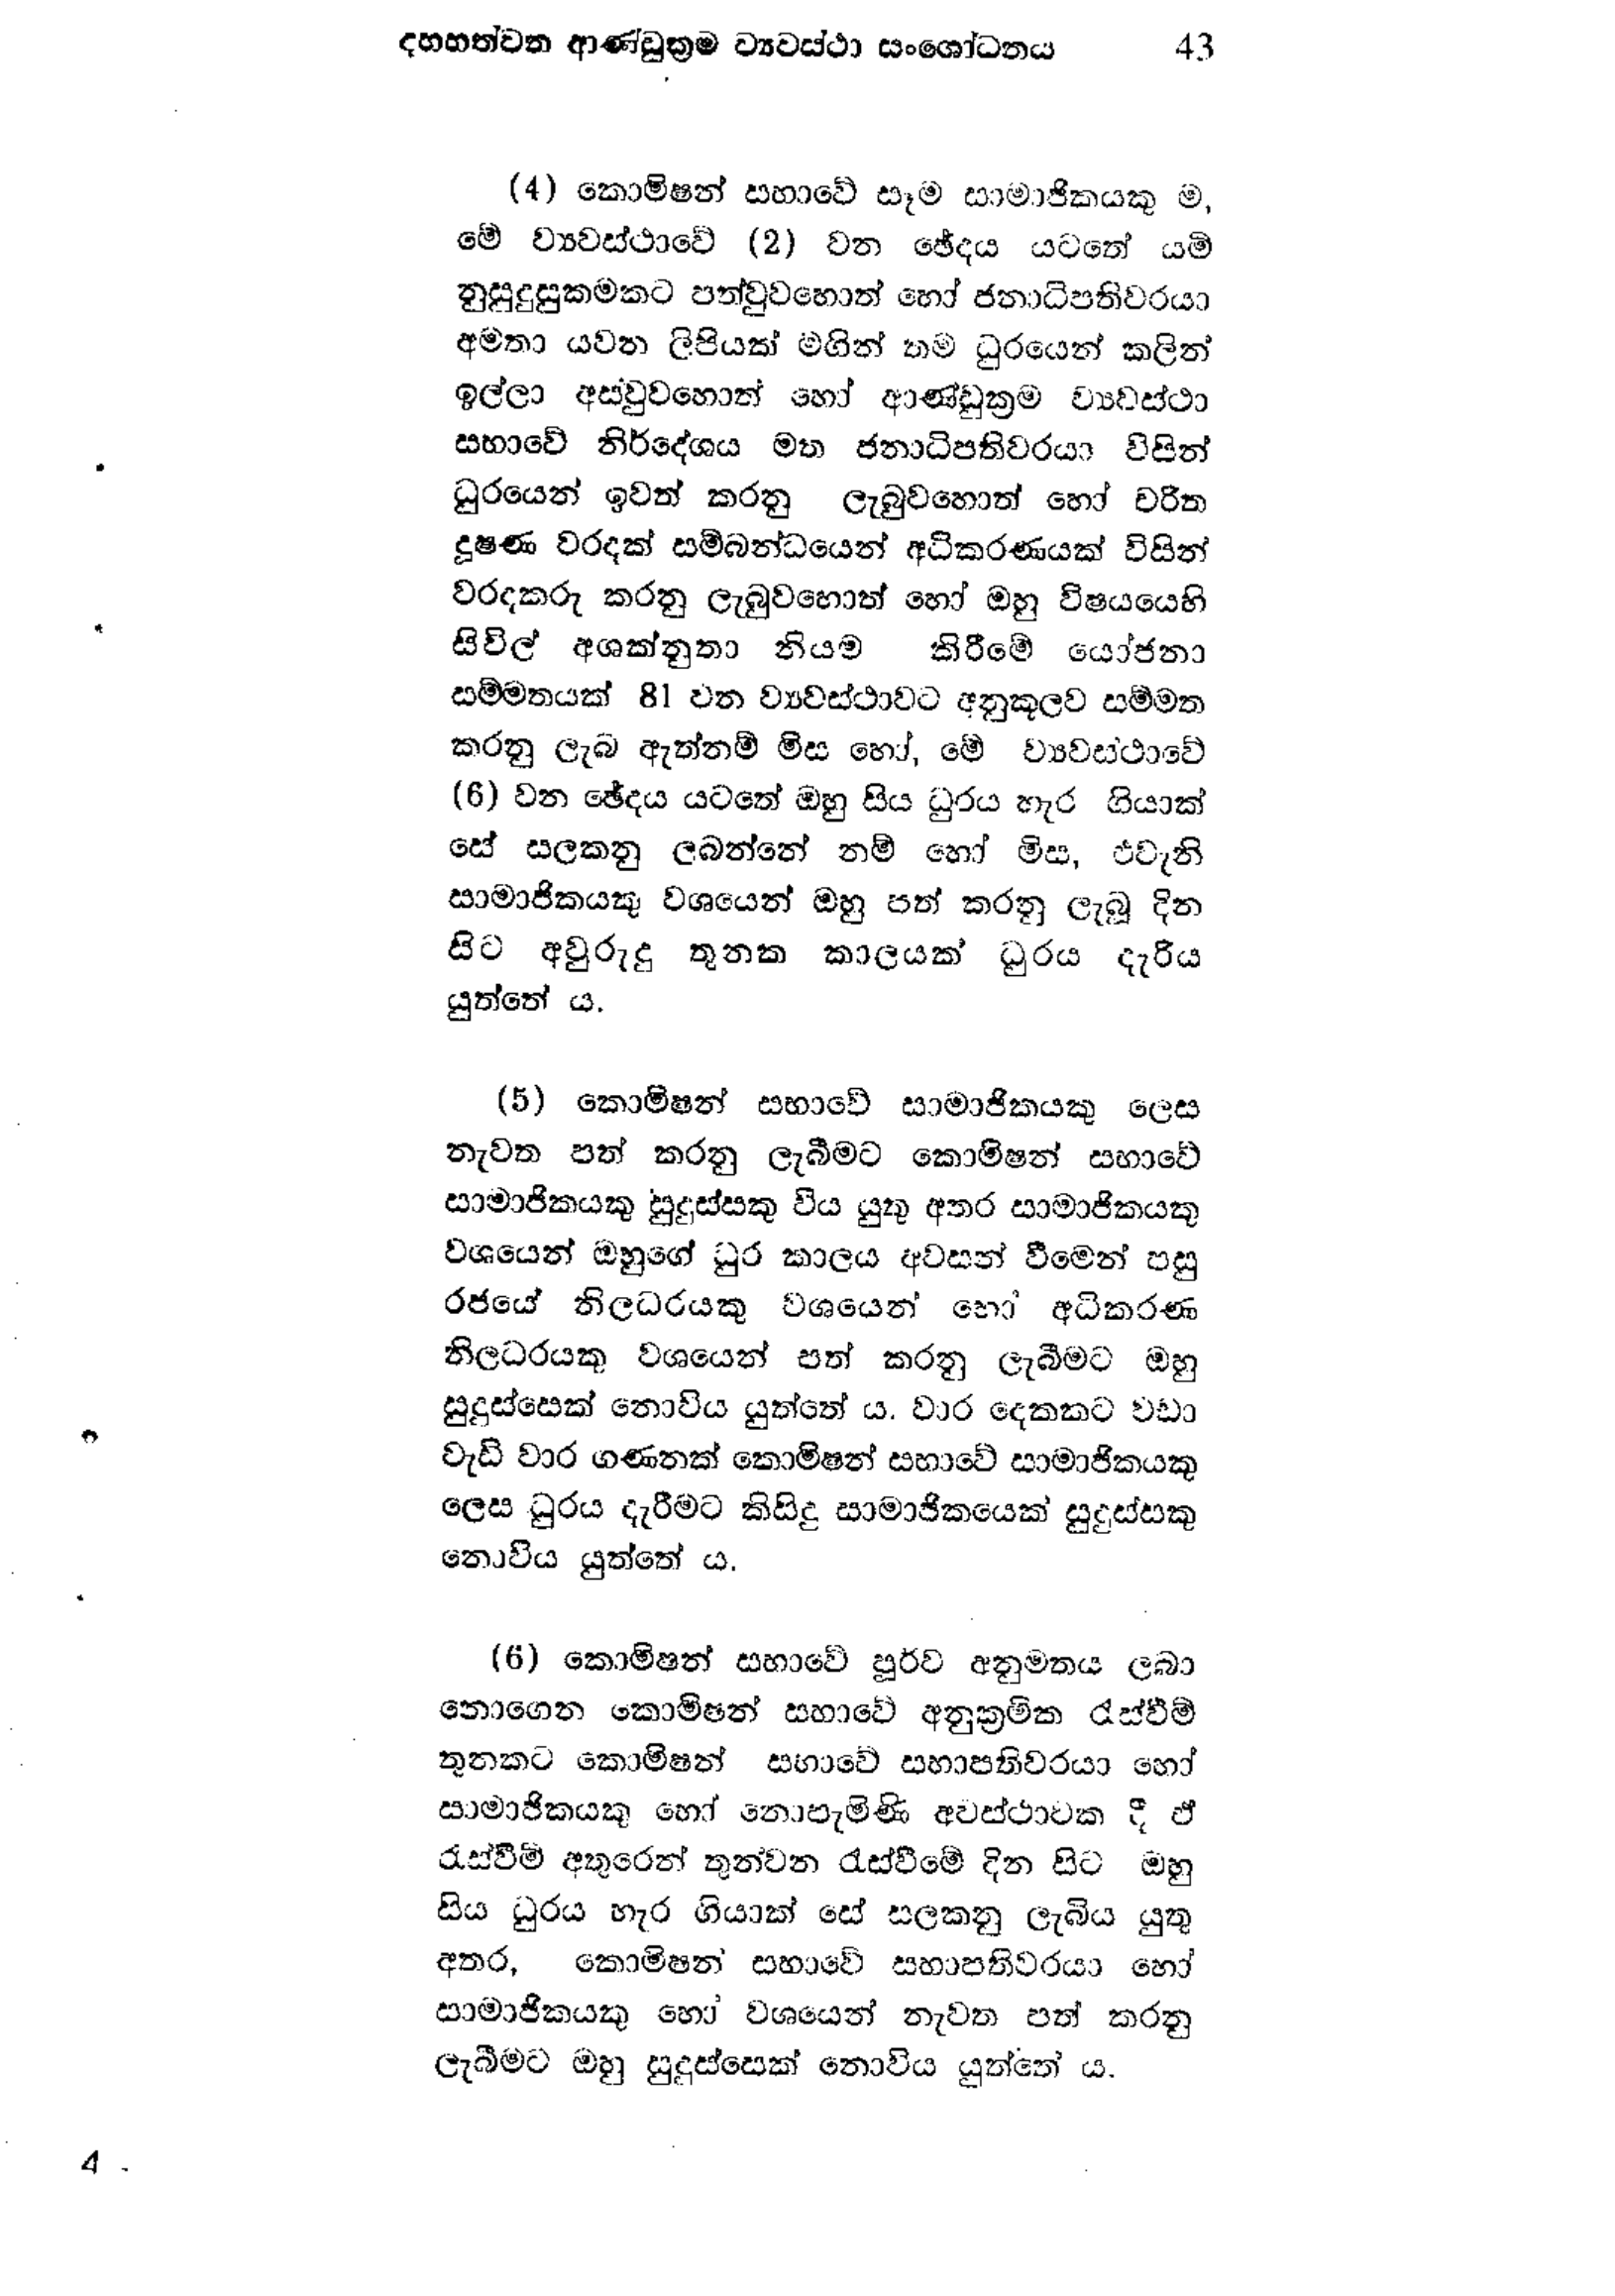
දහහත්වන ආණ්ඩුක්‍රම ව්‍යවස්ථා සංශෝධනය 43

(4) කොමිෂන් සභාවේ සෑම සාමාජිකයෙකු ම,
මේ ව්‍යවස්ථාවේ (2) වන ඡේදය යටතේ යම්
නුසුදුසුකමකට පත්වුවහොත් හෝ ජනාධිපතිවරයා
අමතා යවන ලිපියක් මගින් තම ධුරයෙන් කලින්
ඉල්ලා අසවුවහොත් හෝ ආණ්ඩුක්‍රම ව්‍යවස්ථා
සභාවේ නිර්දේශය මත ජනාධිපතිවරයා විසින්
ධුරයෙන් ඉවත් කරනු ලැබුවහොත් හෝ චරිත
දූෂණ වරදක් සම්බන්ධයෙන් අධිකරණයක් විසින්
වරදකරු කරනු ලැබුව හොත් හෝ ඔහු විෂයයෙහි
සිවිල් අශක්නුතා නියම කිරීමේ යෝජනා
සම්මතයක් 81 වන ව්‍යවස්ථාවට අනුකූලව සම්මත
කරනු ලැබ ඇත්නම් මිස හෝ, මේ ව්‍යවස්ථාවේ
(6) වන ඡේදය යටතේ ඔහු සිය ධුරය හැර ගියාක්
සේ සලකනු ලබන්නේ නම් හෝ මිස, එවැනි
සාමාජිකයෙකු වශයෙන් ඔහු පත් කරනු ලැබූ දින
සිට අවුරුදු තුනක කාලයක් ධුරය දැරිය
යුත්තේ ය.

(5) කොමිෂන් සභාවේ සාමාජිකයකු ලෙස
නැවත පත් කරනු ලැබීමට කොමිෂන් සභාවේ
සාමාජිකයකු සුදුස්සකු විය යුතු අතර සාමාජිකයකු
වශයෙන් ඔහුගේ ධුර කාලය අවසන් වීමෙන් පසු
රජයේ නිලධරයකු වශයෙන් හෝ අධිකරණ
නිලධරයකු වශයෙන් පත් කරනු ලැබීමට ඔහු
සුදුස්සෙක් නොවිය යුත්තේ ය. වාර දෙකකට වඩා
වැඩි වාර ගණනක් කොමිෂන් සභාවේ සාමාජිකයකු
ලෙස ධුරය දැරීමට කිසිදු සාමාජිකයෙක් සුදුස්සකු
නොවිය යුත්තේ ය.

(6) කොමිෂන් සභාවේ පූර්ව අනුමතය ලබා
තොගෙන කොමිෂන් සභාවේ අනුක්‍රමික රැස්වීම්
තුනකට කොමිෂන් සභාවේ සභාපතිවරයා හෝ
සාමාජිකයෙකු හෝ නොපැමිණි අවස්ථාවක දී ඒ
රැස්වීම් අතුරෙන් තුන්වන රැස්වීමේ දින සිට ඔහු
සිය ධුරය හැර ගියාක් සේ සලකනු ලැබිය යුතු
අතර, කොමිෂන් සභාවේ සභාපතිවරයා හෝ
සාමාජිකයකු හෝ වශයෙන් නැවත පත් කරනු
ලැබීමට ඔහු සුදුස්සෙක් නොවිය යුත්තේය.